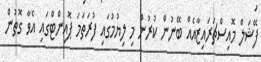
ފޭޝަލް މޮއިސްޗަރައިޒާއެއް ބޭނުން ކުރުން މި ލިޔުމުގައި ފުރަތަމަ ޕޮއިންޓްގައި އެވާ ގޮތުން